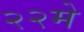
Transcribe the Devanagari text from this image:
२२मे